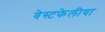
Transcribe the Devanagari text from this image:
वेस्टफेलीया